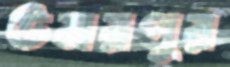
উমরপুর